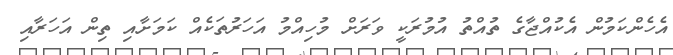
އެހެންކަމުން އެކުއްޖާގެ ތުއްތު އުމުރަކީ ވަރަށް މުހިއްމު އަހަރުތަކެއް ކަމަށާއި ތިން އަހަރާއި